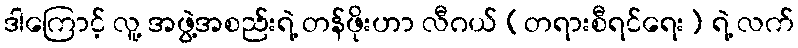
ဒါကြောင့် လူ့ အဖွဲ့အစည်းရဲ့ တန်ဖိုးဟာ လီဂယ် (တရားစီရင်ရေး) ရဲ့ လက်